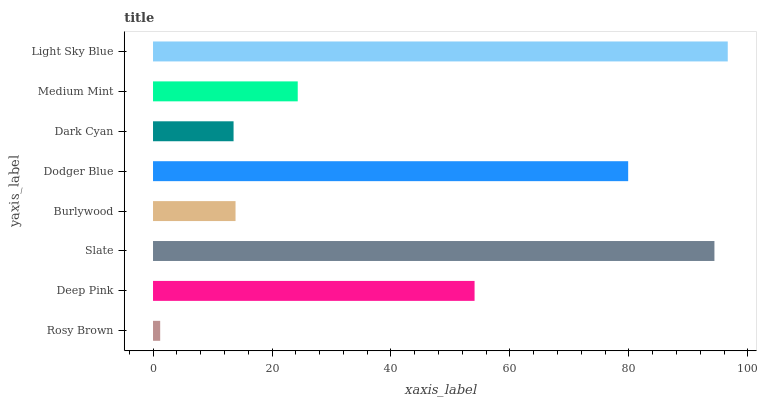
| yaxis_label | bars |
 | --- | --- |
 | Rosy Brown | 1.21 |
 | Deep Pink | 54 |
 | Slate | 94.4 |
 | Burlywood | 13.9 |
 | Dodger Blue | 79.9 |
 | Dark Cyan | 13.5 |
 | Medium Mint | 24.3 |
 | Light Sky Blue | 96.6 |